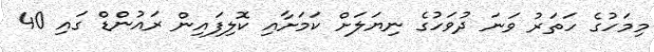
މިމަހުގެ ހަތަރު ވަނަ ދުވަހުގެ ނިޔަލަށް ކަމަށާއި ކޮލިފައިން ރައުންޑް ގައި 40